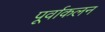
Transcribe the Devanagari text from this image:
पूर्वाकलन